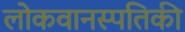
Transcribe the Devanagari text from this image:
लोकवानस्पतिकी